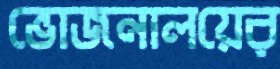
ভোজনালয়ের